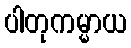
ပါတုကမ္မာယ